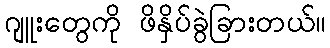
ဂျူးတွေကို ဖိနှိပ်ခွဲခြားတယ်။